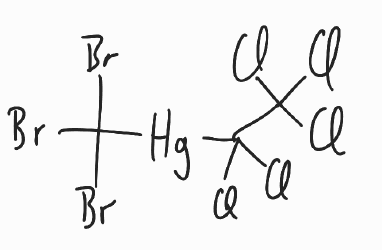
Simplified molecular-input line-entry system (SMILES) notation of the given molecule:
C(C(Cl)(Cl)[Hg]C(Br)(Br)Br)(Cl)(Cl)Cl